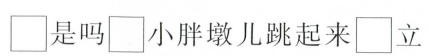
\Box 是吗\Box 小胖墩儿跳起来\Box 立